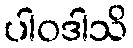
ပါဝဒါသိ